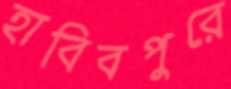
হাবিবপুরে